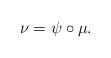
LaTeX: \begin{align*}\nu=\psi\circ \mu.\end{align*}